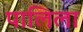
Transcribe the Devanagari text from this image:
पालिला